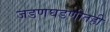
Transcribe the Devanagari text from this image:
जडणघडणीतही